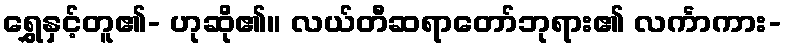
ရွှေနှင့်တူ၏- ဟုဆို၏။ လယ်တီဆရာတော်ဘုရား၏ လင်္ကာကား-